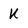
Character: k